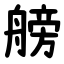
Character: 艕